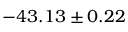
- 4 3 . 1 3 \pm 0 . 2 2